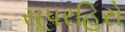
સૂપરહિરો